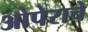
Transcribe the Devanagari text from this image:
ओपेराचे